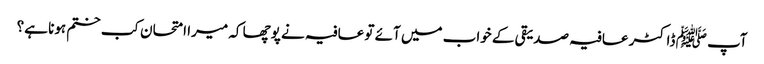
آپ ﷺ ڈاکٹر عافیہ صدیقی کے خواب میں آئے تو عافیہ نے پوچھا کہ میرا امتحان کب ختم ہونا ہے؟